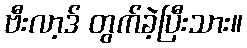
ဗီးလာ့ဒ် တွက်ခဲ့ပြီးသား။